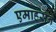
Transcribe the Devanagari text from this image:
एमाहसन